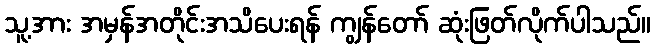
သူ့အား အမှန်အတိုင်းအသိပေးရန် ကျွန်တော် ဆုံးဖြတ်လိုက်ပါသည်။